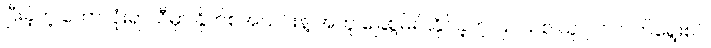
ပြီးခဲ့တဲ့ ဘောလုံးရာသီမှာ နိုက်စ်အသင်းနဲ့ အတူ ခြေစွမ်းပြနိုင်ခဲ့တဲ့ ပြင်သစ် ယူ ၂၁ လက်ရွေးစင်